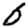
Digit: 6